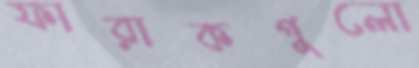
ফারাকগুলো